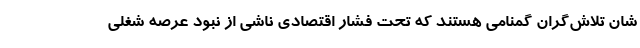
شان تلاش‌گران گمنامی هستند که تحت فشار اقتصادی ناشی از نبود عرصه شغلی